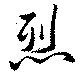
烈